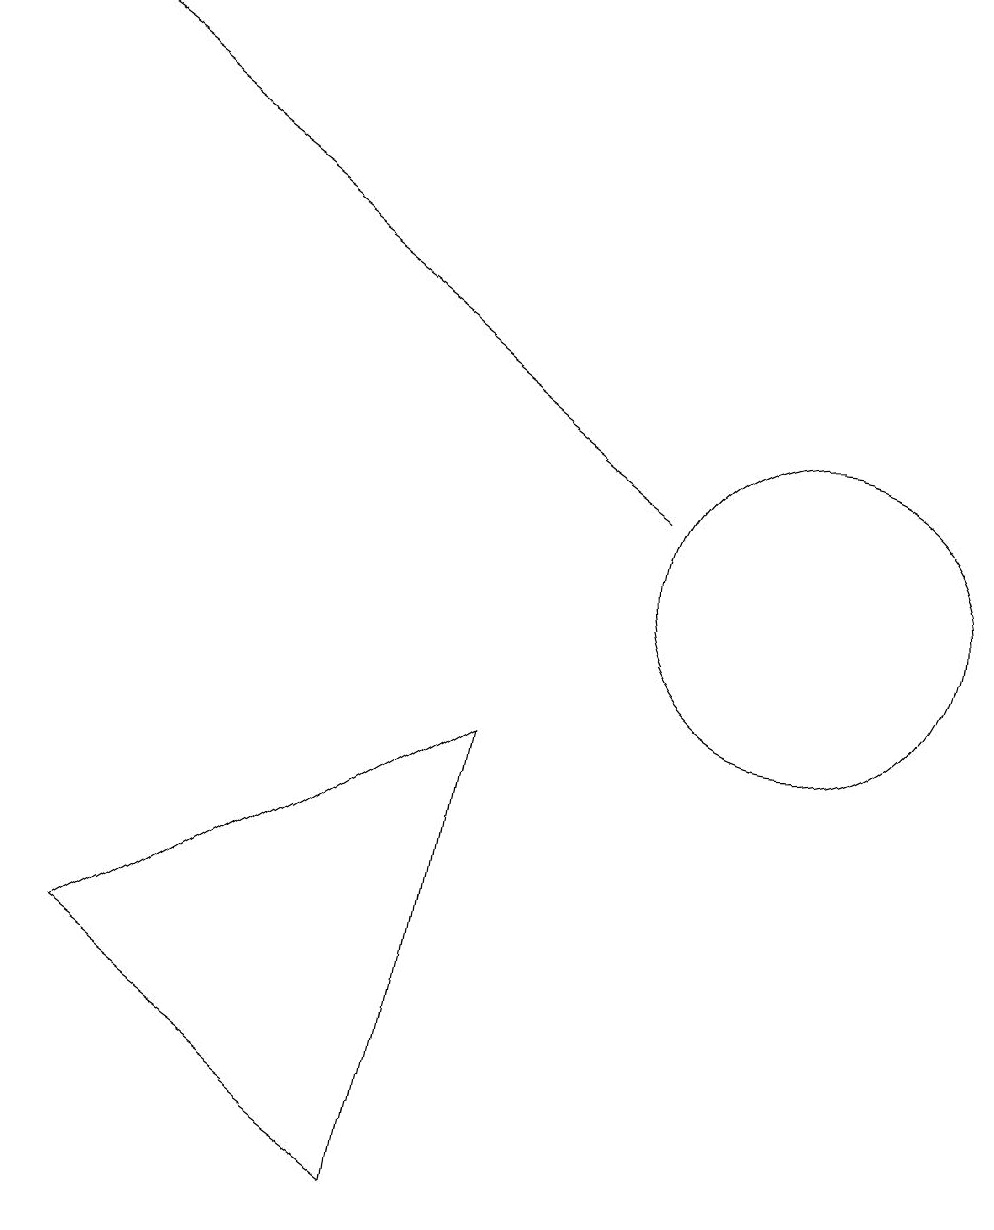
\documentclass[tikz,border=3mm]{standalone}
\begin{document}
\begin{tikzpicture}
\draw (11,10) circle (2);
\draw[->] (9,11) -- (1,17);
\draw (6,2) -- (2,5) -- (7,8) -- cycle;
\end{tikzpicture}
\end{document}